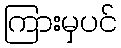
ကြားမှပင်